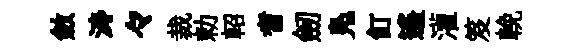
斂涛々裁勅軺耆劒鳬飣遥灌笈輓